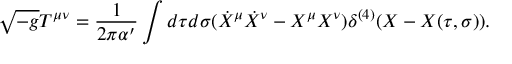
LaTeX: \sqrt { - g } T ^ { \mu \nu } = \frac { 1 } { 2 \pi \alpha ^ { \prime } } \int d \tau d \sigma ( \dot { X } ^ { \mu } \dot { X } ^ { \nu } - X ^ { \mu } X ^ { \nu } ) \delta ^ { ( 4 ) } ( X - X ( \tau , \sigma ) ) .